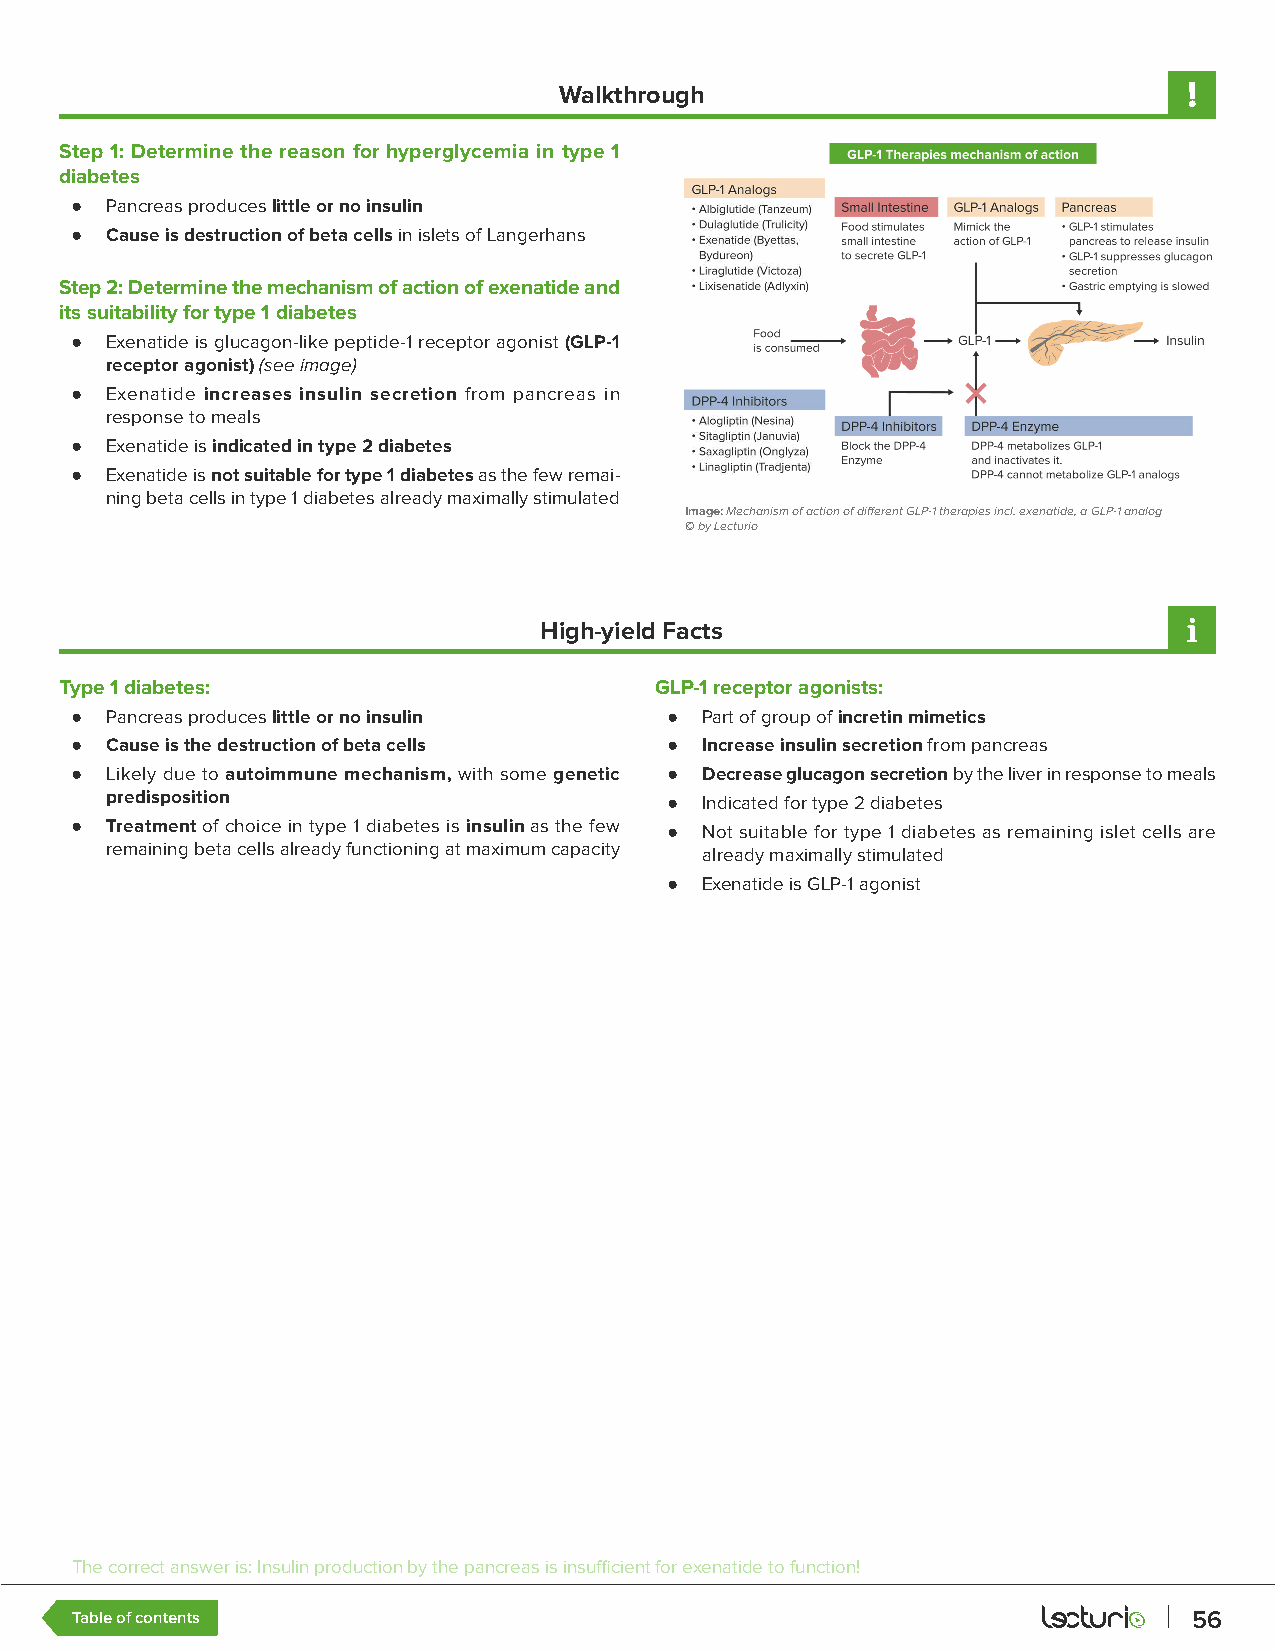
Walkthrough
 Step 1: Determine the reason for hyperglycemia in type 1
 diabetes
 ● Pancreas produces little or no insulin
 ● Cause is destruction of beta cells in islets of Langerhans
 Step 2: Determine the mechanism of action of exenatide and
 its suitability for type 1 diabetes
 ● Exenatide is glucagon-like peptide-1 receptor agonist (GLP-1
 receptor agonist) (see image)
 ● Exenatide increases insulin secretion from pancreas in
 response to meals
 ● Exenatide is indicated in type 2 diabetes
 ● Exenatide is not suitable for type 1 diabetes as the few remai-
 ning beta cells in type 1 diabetes already maximally stimulated
 Image: Mechanism of action of different GLP-1 therapies incl. exenatide, a GLP-1 analog
 © by Lecturio
 High-yield Facts
 Type 1 diabetes:                       GLP-1 receptor agonists:
 ● Pancreas produces little or no insulin ● Part of group of incretin mimetics
 ● Cause is the destruction of beta cells ● Increase insulin secretion from pancreas
 ● Likely due to autoimmune mechanism, with some genetic ● Decrease glucagon secretion by the liver in response to meals
 predisposition                       ● Indicated for type 2 diabetes
 ● Treatment of choice in type 1 diabetes is insulin as the few ● Not suitable for type 1 diabetes as remaining islet cells are
 remaining beta cells already functioning at maximum capacity already maximally stimulated
 ● Exenatide is GLP-1 agonist
 The correct answer is: Insulin production by the pancreas is insufficient for exenatide to function!
 Table of contents                                                         56